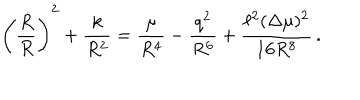
\left( \frac { \dot { R } } { R } \right) ^ { 2 } + \frac { k } { R ^ { 2 } } = \frac { \mu } { R ^ { 4 } } - \frac { q ^ { 2 } } { R ^ { 6 } } + \frac { \ell ^ { 2 } ( \Delta \mu ) ^ { 2 } } { 1 6 R ^ { 8 } } \, .